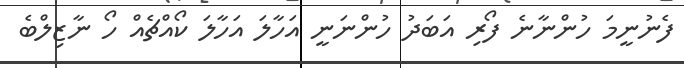
ފެނުނީމަ ހުންނާނެ ފޯރި އަބަދު ހުންނަނީ އަހާލަ އަހާލަ ކޯއްޗެއް ހޯ ނާޒިލްބެ